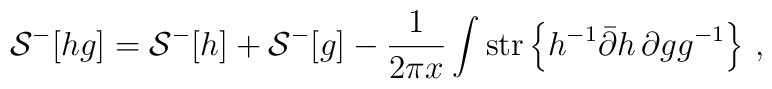
{\cal S}^-[hg] = {\cal S}^-[h] + {\cal S}^-[g] -\frac{1}{2\pi x}\int \mbox{str} \left\{ h^{-1}\bar\partial h \, \partial g g^{-1} \right\}\, ,